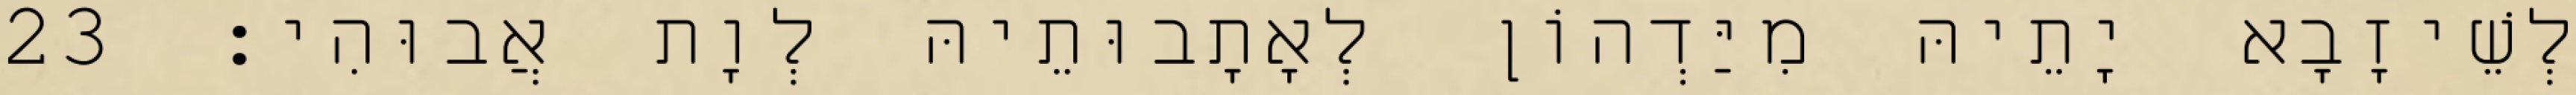
לְשֵׁיזָבָא יָתֵיהּ מִיַּדְהוֹן לְאָתָבוּתֵיהּ לְוָת אֲבוּהִי׃ 23